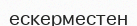
ескерместен